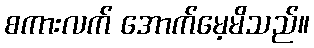
စကားလက် အောက်မေ့မိသည်။